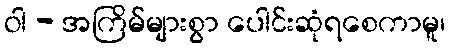
ဝါ - အကြိမ်များစွာ ပေါင်းဆုံရစေကာမူ၊